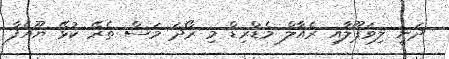
ދަނީ ލިވަޕޫލާއި ރެއާލް މެޑްރިޑް މި ރޯދަ މަސް ތެރޭ ކުޅޭ ޔޫއެފާ